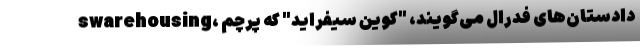
swarehousing، دادستان‌های فدرال می‌گویند، "کوین سیفراید" که پرچم